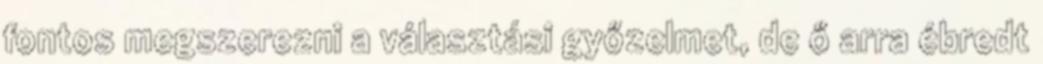
fontos megszerezni a választási győzelmet, de ő arra ébredt